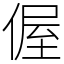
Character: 偓